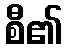
စီ၏